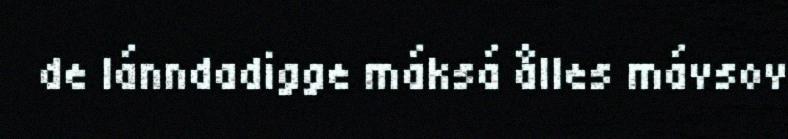
de lánndadigge máksá ålles mávsov